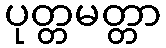
ပုတ္တမတ္တာ